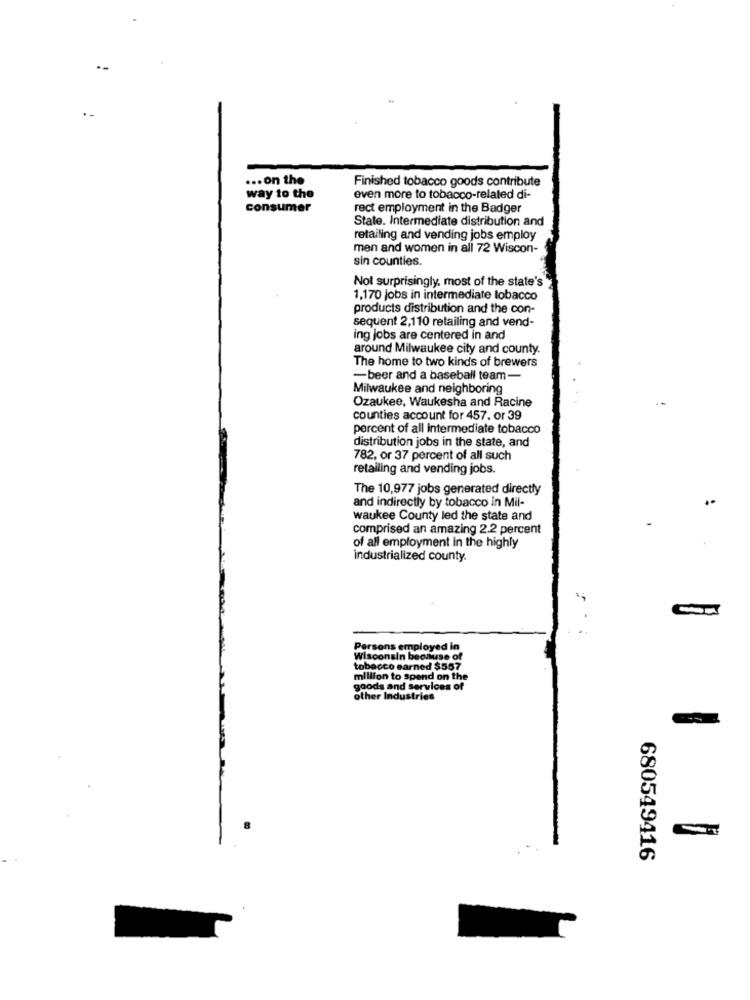
... on the
Finished tobacco goods contribute
way to the
even more to tobacco-related di-
consumer
rect employment in the Badger
State. Intermediate distribution and
retailing and vending jobs employ
men and women in all 72 Wiscon-
sin counties.
Not surprisingly, most of the state's
1,170 Jobs in intermediate tobacco
products distribution and the con-
sequent 2,110 retailing and vend-
ing jobs are centered in and
around Milwaukee city and county.
The home to two kinds of brewers
-beer and a baseball team-
Milwaukee and neighboring
Ozaukee, Waukesha and Racine
counties account for 457. or 39
percent of all intermediate tobacco
distribution jobs in the state, and
782, or 37 percent of all such
retailing and vending jobs.
The 10,977 jobs generated directly
and indirectly by tobacco in Mil-
waukee County led the state and
comprised an amazing 2.2 percent
of all employment in the highly
industrialized county
Persons employed in
Wisconsin because of
tobacco earned $557
million to spend on the
goods and services of
other Industries
680549416